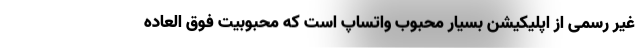
غیر رسمی از اپلیکیشن بسیار محبوب واتساپ است که محبوبیت فوق العاده